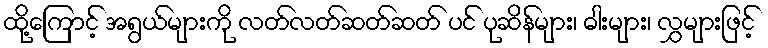
ထို့ကြောင့် အရွယ်များကို လတ်လတ်ဆတ်ဆတ် ပင် ပုဆိန်များ၊ ဓါးများ၊ လွှများဖြင့်